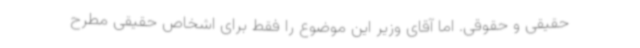
حقیقی و حقوقی. اما آقای وزیر این موضوع را فقط برای اشخاص حقیقی مطرح